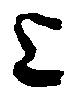
上